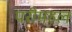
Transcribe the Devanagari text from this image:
परीमहल